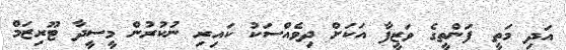
އަދި މަތީ ފަންތީގެ ވަޒީފާ އަކަށް ދިވެެއްސަކު ކައިރި ނުކުރުން މީސީދާ ޓޫރިޒަމް